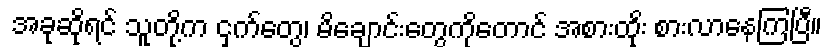
အခုဆိုရင် သူတို့က ငှက်တွေ၊ မိချောင်းတွေကိုတောင် အစားထိုး စားလာနေကြပြီ။